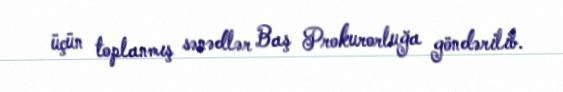
üçün toplanmış sənədlər Baş Prokurorluğa göndərilib.